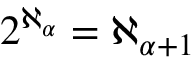
2 ^ { \aleph _ { \alpha } } = \aleph _ { \alpha + 1 }